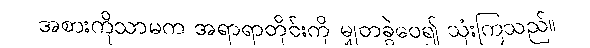
အစားကိုသာမက အရာရာတိုင်းကို မျှတခွဲဝေ၍ သုံးကြသည်။